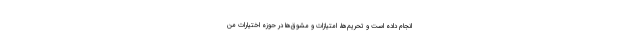
انجام داده است و تحریم‌ها‌، امتیازات و مشوق‌ها در حوزه اختیارات من